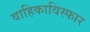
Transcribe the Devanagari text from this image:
वाहिकाविस्फार